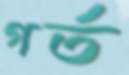
গর্ত